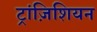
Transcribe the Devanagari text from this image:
ट्रांज़िशियन